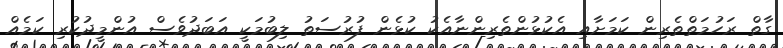
ގާތް ރަހުމަތްތެރިން ކަމަށާއި އެކުޅުންތެރިންނާއެކު ކުޅެން ފުރުސަތު ލިބުމަކީ އަބަދުވެސް އުންމީދުކުރި ކަމެއް